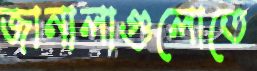
জানালাগুলোতে